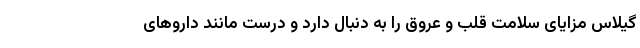
گیلاس مزایای سلامت قلب و عروق را به دنبال دارد و درست مانند داروهای